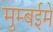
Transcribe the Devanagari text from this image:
मुम्बईमे